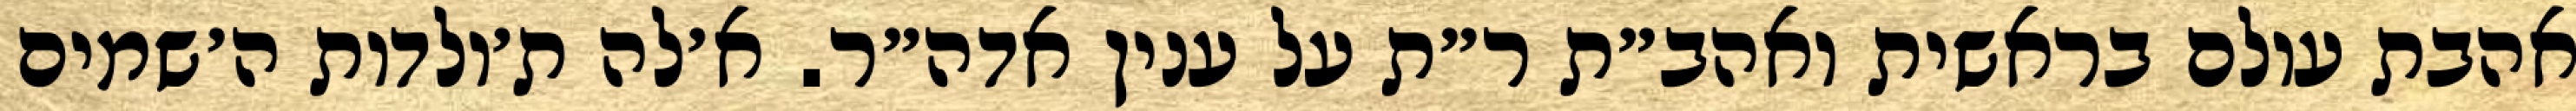
אהבת עולם בראשית ואהב״ת ר״ת על ענין אדה״ר. א׳לה ת׳ולדות ה׳שמים